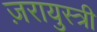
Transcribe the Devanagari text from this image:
ज़रायुस्त्री